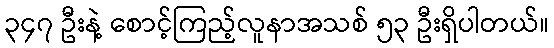
၃၄၇ ဦးနဲ့ စောင့်ကြည့်လူနာအသစ် ၅၃ ဦးရှိပါတယ်။